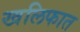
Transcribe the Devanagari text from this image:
खलिफात